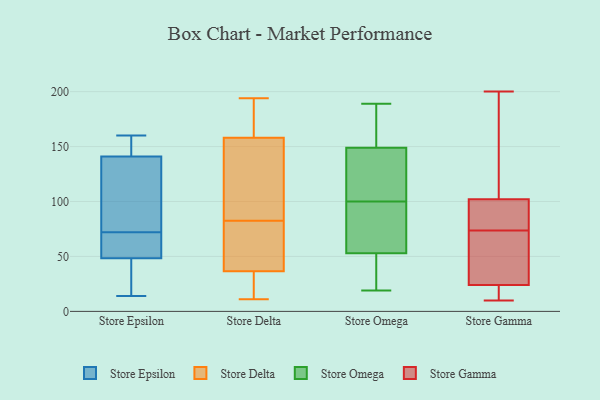
{"axis": {"x": "Churn Rate (%)", "y": "Value"}, "legend": ["Store Delta", "Store Epsilon", "Store Gamma", "Store Omega"], "data": [{"x": "", "y": 156, "type": "Store Epsilon"}, {"x": "", "y": 62, "type": "Store Epsilon"}, {"x": "", "y": 72, "type": "Store Epsilon"}, {"x": "", "y": 145, "type": "Store Epsilon"}, {"x": "", "y": 59, "type": "Store Epsilon"}, {"x": "", "y": 37, "type": "Store Epsilon"}, {"x": "", "y": 150, "type": "Store Epsilon"}, {"x": "", "y": 129, "type": "Store Epsilon"}, {"x": "", "y": 28, "type": "Store Epsilon"}, {"x": "", "y": 160, "type": "Store Epsilon"}, {"x": "", "y": 128, "type": "Store Epsilon"}, {"x": "", "y": 93, "type": "Store Epsilon"}, {"x": "", "y": 90, "type": "Store Epsilon"}, {"x": "", "y": 44, "type": "Store Epsilon"}, {"x": "", "y": 52, "type": "Store Epsilon"}, {"x": "", "y": 146, "type": "Store Epsilon"}, {"x": "", "y": 54, "type": "Store Epsilon"}, {"x": "", "y": 47, "type": "Store Epsilon"}, {"x": "", "y": 14, "type": "Store Epsilon"}, {"x": "", "y": 19, "type": "Store Delta"}, {"x": "", "y": 42, "type": "Store Delta"}, {"x": "", "y": 75, "type": "Store Delta"}, {"x": "", "y": 131, "type": "Store Delta"}, {"x": "", "y": 31, "type": "Store Delta"}, {"x": "", "y": 182, "type": "Store Delta"}, {"x": "", "y": 194, "type": "Store Delta"}, {"x": "", "y": 47, "type": "Store Delta"}, {"x": "", "y": 90, "type": "Store Delta"}, {"x": "", "y": 167, "type": "Store Delta"}, {"x": "", "y": 11, "type": "Store Delta"}, {"x": "", "y": 58, "type": "Store Delta"}, {"x": "", "y": 96, "type": "Store Delta"}, {"x": "", "y": 161, "type": "Store Delta"}, {"x": "", "y": 19, "type": "Store Delta"}, {"x": "", "y": 155, "type": "Store Delta"}, {"x": "", "y": 71, "type": "Store Omega"}, {"x": "", "y": 174, "type": "Store Omega"}, {"x": "", "y": 154, "type": "Store Omega"}, {"x": "", "y": 105, "type": "Store Omega"}, {"x": "", "y": 47, "type": "Store Omega"}, {"x": "", "y": 77, "type": "Store Omega"}, {"x": "", "y": 22, "type": "Store Omega"}, {"x": "", "y": 96, "type": "Store Omega"}, {"x": "", "y": 104, "type": "Store Omega"}, {"x": "", "y": 144, "type": "Store Omega"}, {"x": "", "y": 53, "type": "Store Omega"}, {"x": "", "y": 53, "type": "Store Omega"}, {"x": "", "y": 183, "type": "Store Omega"}, {"x": "", "y": 104, "type": "Store Omega"}, {"x": "", "y": 126, "type": "Store Omega"}, {"x": "", "y": 73, "type": "Store Omega"}, {"x": "", "y": 44, "type": "Store Omega"}, {"x": "", "y": 189, "type": "Store Omega"}, {"x": "", "y": 181, "type": "Store Omega"}, {"x": "", "y": 19, "type": "Store Omega"}, {"x": "", "y": 98, "type": "Store Gamma"}, {"x": "", "y": 200, "type": "Store Gamma"}, {"x": "", "y": 19, "type": "Store Gamma"}, {"x": "", "y": 55, "type": "Store Gamma"}, {"x": "", "y": 145, "type": "Store Gamma"}, {"x": "", "y": 92, "type": "Store Gamma"}, {"x": "", "y": 23, "type": "Store Gamma"}, {"x": "", "y": 48, "type": "Store Gamma"}, {"x": "", "y": 92, "type": "Store Gamma"}, {"x": "", "y": 102, "type": "Store Gamma"}, {"x": "", "y": 41, "type": "Store Gamma"}, {"x": "", "y": 24, "type": "Store Gamma"}, {"x": "", "y": 10, "type": "Store Gamma"}, {"x": "", "y": 153, "type": "Store Gamma"}]}